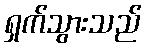
ရှက်သွားသည်